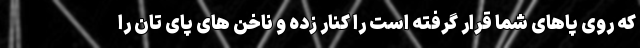
که روی پاهای شما قرار گرفته است را کنار زده و ناخن های پای تان را